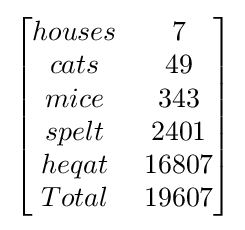
{\begin{bmatrix}houses&7\\cats&49\\mice&343\\spelt&2401\\heqat&16807\\Total&19607\\\end{bmatrix}}